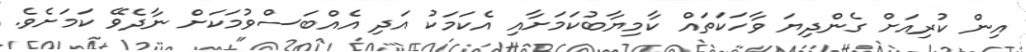
އިން ކުރިއަށް ގެންދިޔަ ވާހަކަތައް ކާމިޔާބުކަމަށާއި އެކަމަކު އަދި އެއްބަސްވުމަކަށް ނާދެވޭ ކަމަށެވެ.